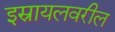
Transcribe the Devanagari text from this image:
इस्रायलवरील